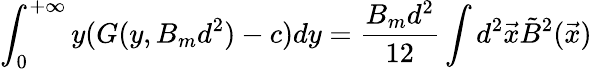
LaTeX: \int_{0}^{+\infty}y(G(y,B_{m}d^{2})-c)dy=\frac{B_{m}d^{2}}{12}\int d^{2}\vec{x}\tilde{B}^{2}(\vec{x})